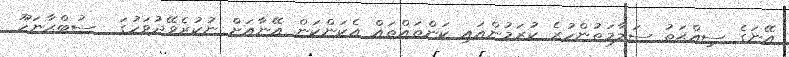
އޭނަގެ ސިއްޙަތު ސަލާމަތުންހުރެ ކުރަމުންއައި ކަންތައްތައް އެކަންކަން އޭނާއަށް ނުކުރެވޭދުވަހުގަ  ސުބްޙާނަހޫ